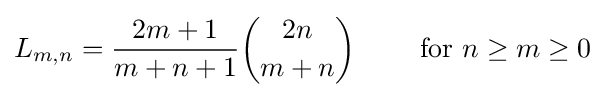
L_{m,n}={\frac {2m+1}{m+n+1}}{\binom {2n}{m+n}}\qquad {\text{ for }}n\geq m\geq 0